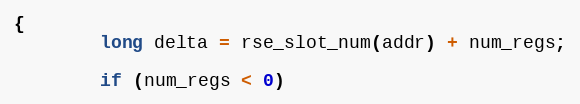
Language: C
{
        long delta = rse_slot_num(addr) + num_regs;

        if (num_regs < 0)